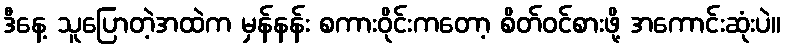
ဒီနေ့ သူပြောတဲ့အထဲက မှန်နန်း စကားဝိုင်းကတော့ စိတ်ဝင်စားဖို့ အကောင်းဆုံးပဲ။